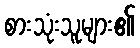
စားသုံးသူများ၏